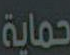
حماية